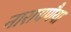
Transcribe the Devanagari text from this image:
नारायणैया